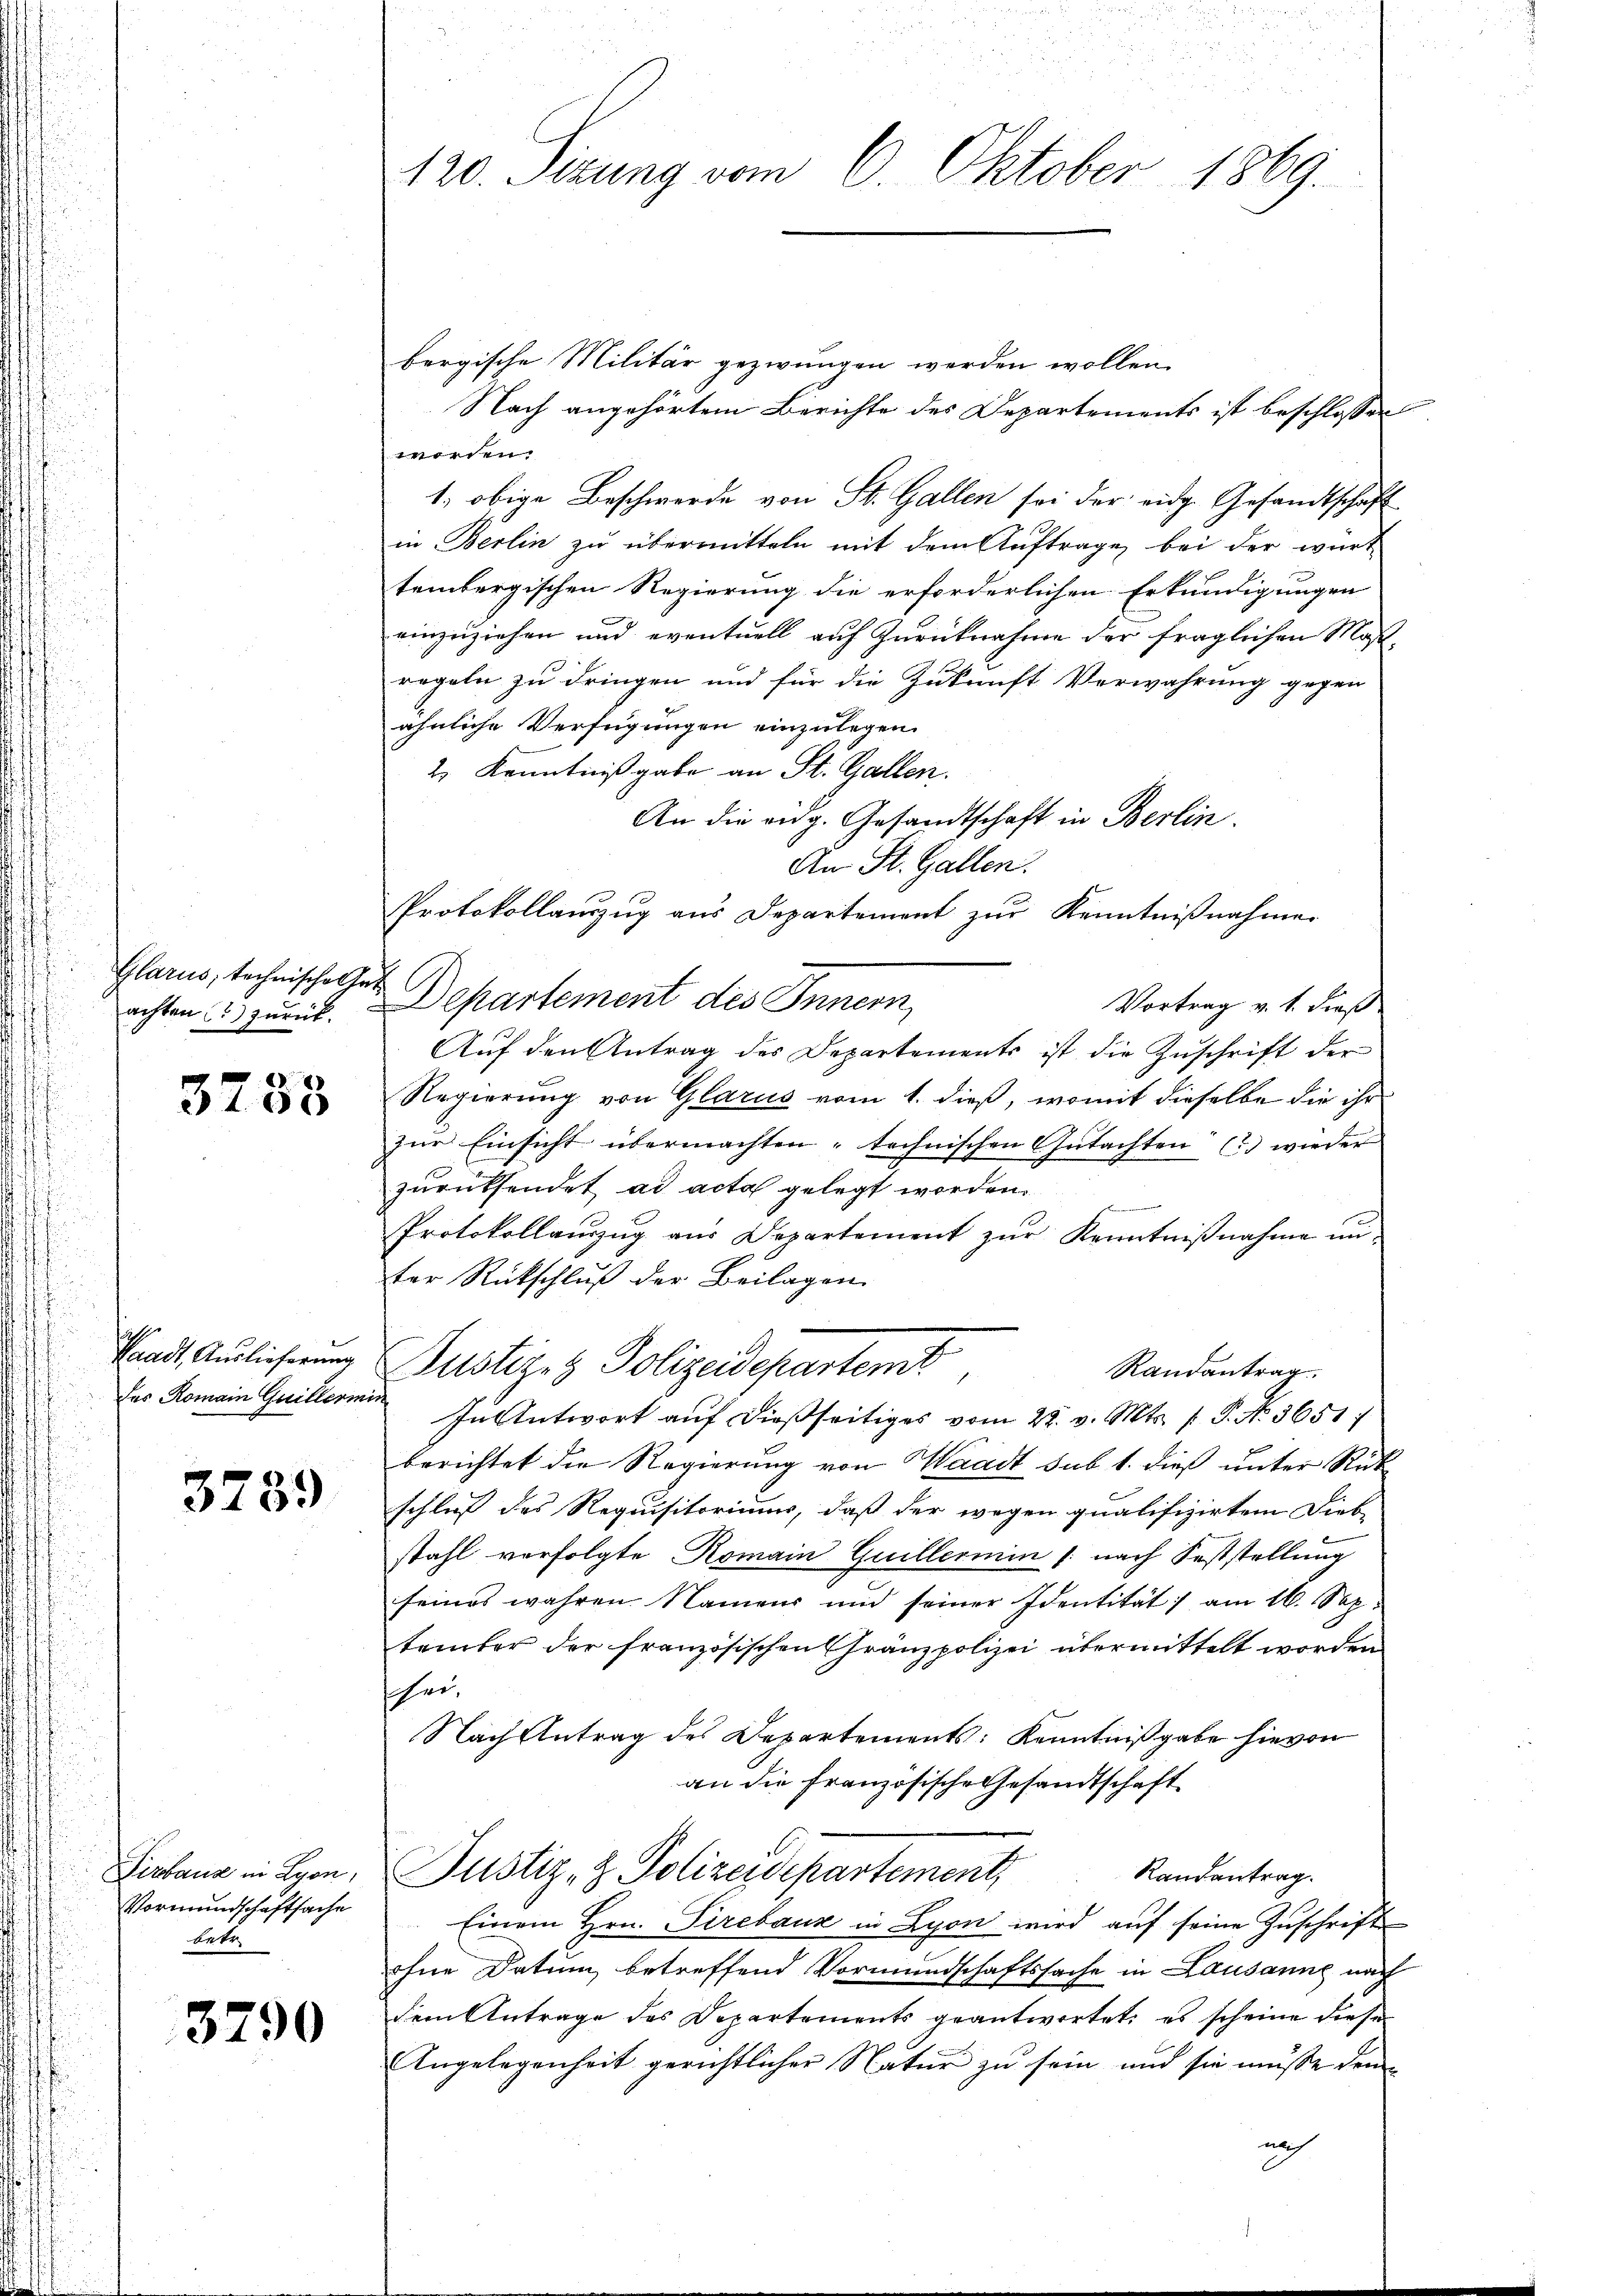
Glarus, technische Ge
achten (2) zurück.

2
3703

Waadt, Auslieferung
Das Romain Guillerin

3789

Verbaus in Lyon,
Vormundschaftsache
betr

3790

120. Sizung vom 6. Oktober 1869.

bergische Militär gezwungen werden wollen.
Nach angehörtem Berichte des Departements ist beschlossen
worden.
1. obige Beschwerde von St. Gallen sei der eidg. Gesandtschaft
in Berlin zu übermitteln mit dem Auftrage bei der wart
tembergischen Regierung die erforderlichen Erkundigungen
einzuziehen und eventuell auf Zurücknahme der fraglichen Maß-
regeln zu dringen und für die Zukunft Verwahrung gegen
ähnliche Verfügungen einzulegen.
2) Kenntnißgabe an St. Gallen.
An die eidg. Gesandtschaft in Berlin
An St. Gallen.
Protokollauszug aus Departement zur Kenntnißnahme
2 Departement des Innern,
Vortrag v. 1. Faß
Auf den Antrag des Departements ist die Zuschrift der
Regierung von Glarus vom 1. dieß, womit dieselbe die ihr
zur Einsicht übermachten technischen Gutachten (3.) wieder
zurücksendet ad acta gelegt worden.
Protokollaŭszŭg aŭs Departement zŭr Kenntniβnahme un-
ter Rückschluß der Beilagen
Dustiz- & Polizeidepartemt
Randantrag.
i
In Antwort auf dießseitiges vom 22. v. Mts. f. P. No. 3651/
berichtet die Regierung von Waadt sub 1. dieß unter Rückschluß des Requisitoriums, daß der wegen qualifizirtem Dieb-
stahl verfolgte Romain Guillermin /: nach Feststellung
seines wahren Namens und seiner Identität am 16. Sep.
tember der französischen Gränzpolizei übermittelt worden
hee.
Nach Antrag des Departements: Kenntnißgabe hievon
an die französische Gesandtschaft
Randantrag.
Justiz- & Polizeidepartement,
Einem Hrn. Pirebauz in Lyon wird auf seine Zuschrift
ohne Datum betreffend Vormundschaftssache in Lausanne nach
dem Antrage des Departements geantwortet: es scheine diese
Angelegenheit gerichtlicher Natur zu sein und sie müsse den
noch